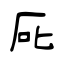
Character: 厑